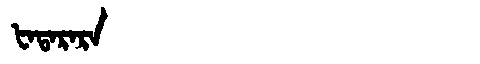
Manchu: ᡶᠠᡨᠠᡵᠠᡵᠠ
Romanization: FATARARA